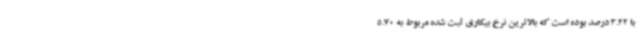
با 3.22 درصد بوده است که بالاترین نرخ بیکاری ثبت شده مربوط به 5.70